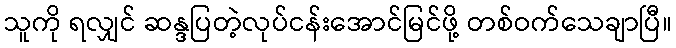
သူကို ရလျှင် ဆန္ဒပြတဲ့လုပ်ငန်းအောင်မြင်ဖို့ တစ်ဝက်သေချာပြီ။